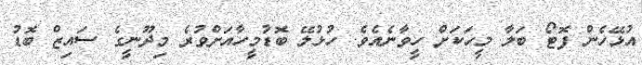
އުޅޭހެން ފޮޓޯ ބަލާ މީހަކަށް ހީވާނެއެވެ. ހުޅުލޭ ބޮޑުމީހާއަށްވުރެ މިދޫނީގެ ސައިޒް ބޮޑު